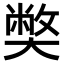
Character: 𡚁